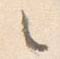
々